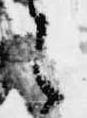
之